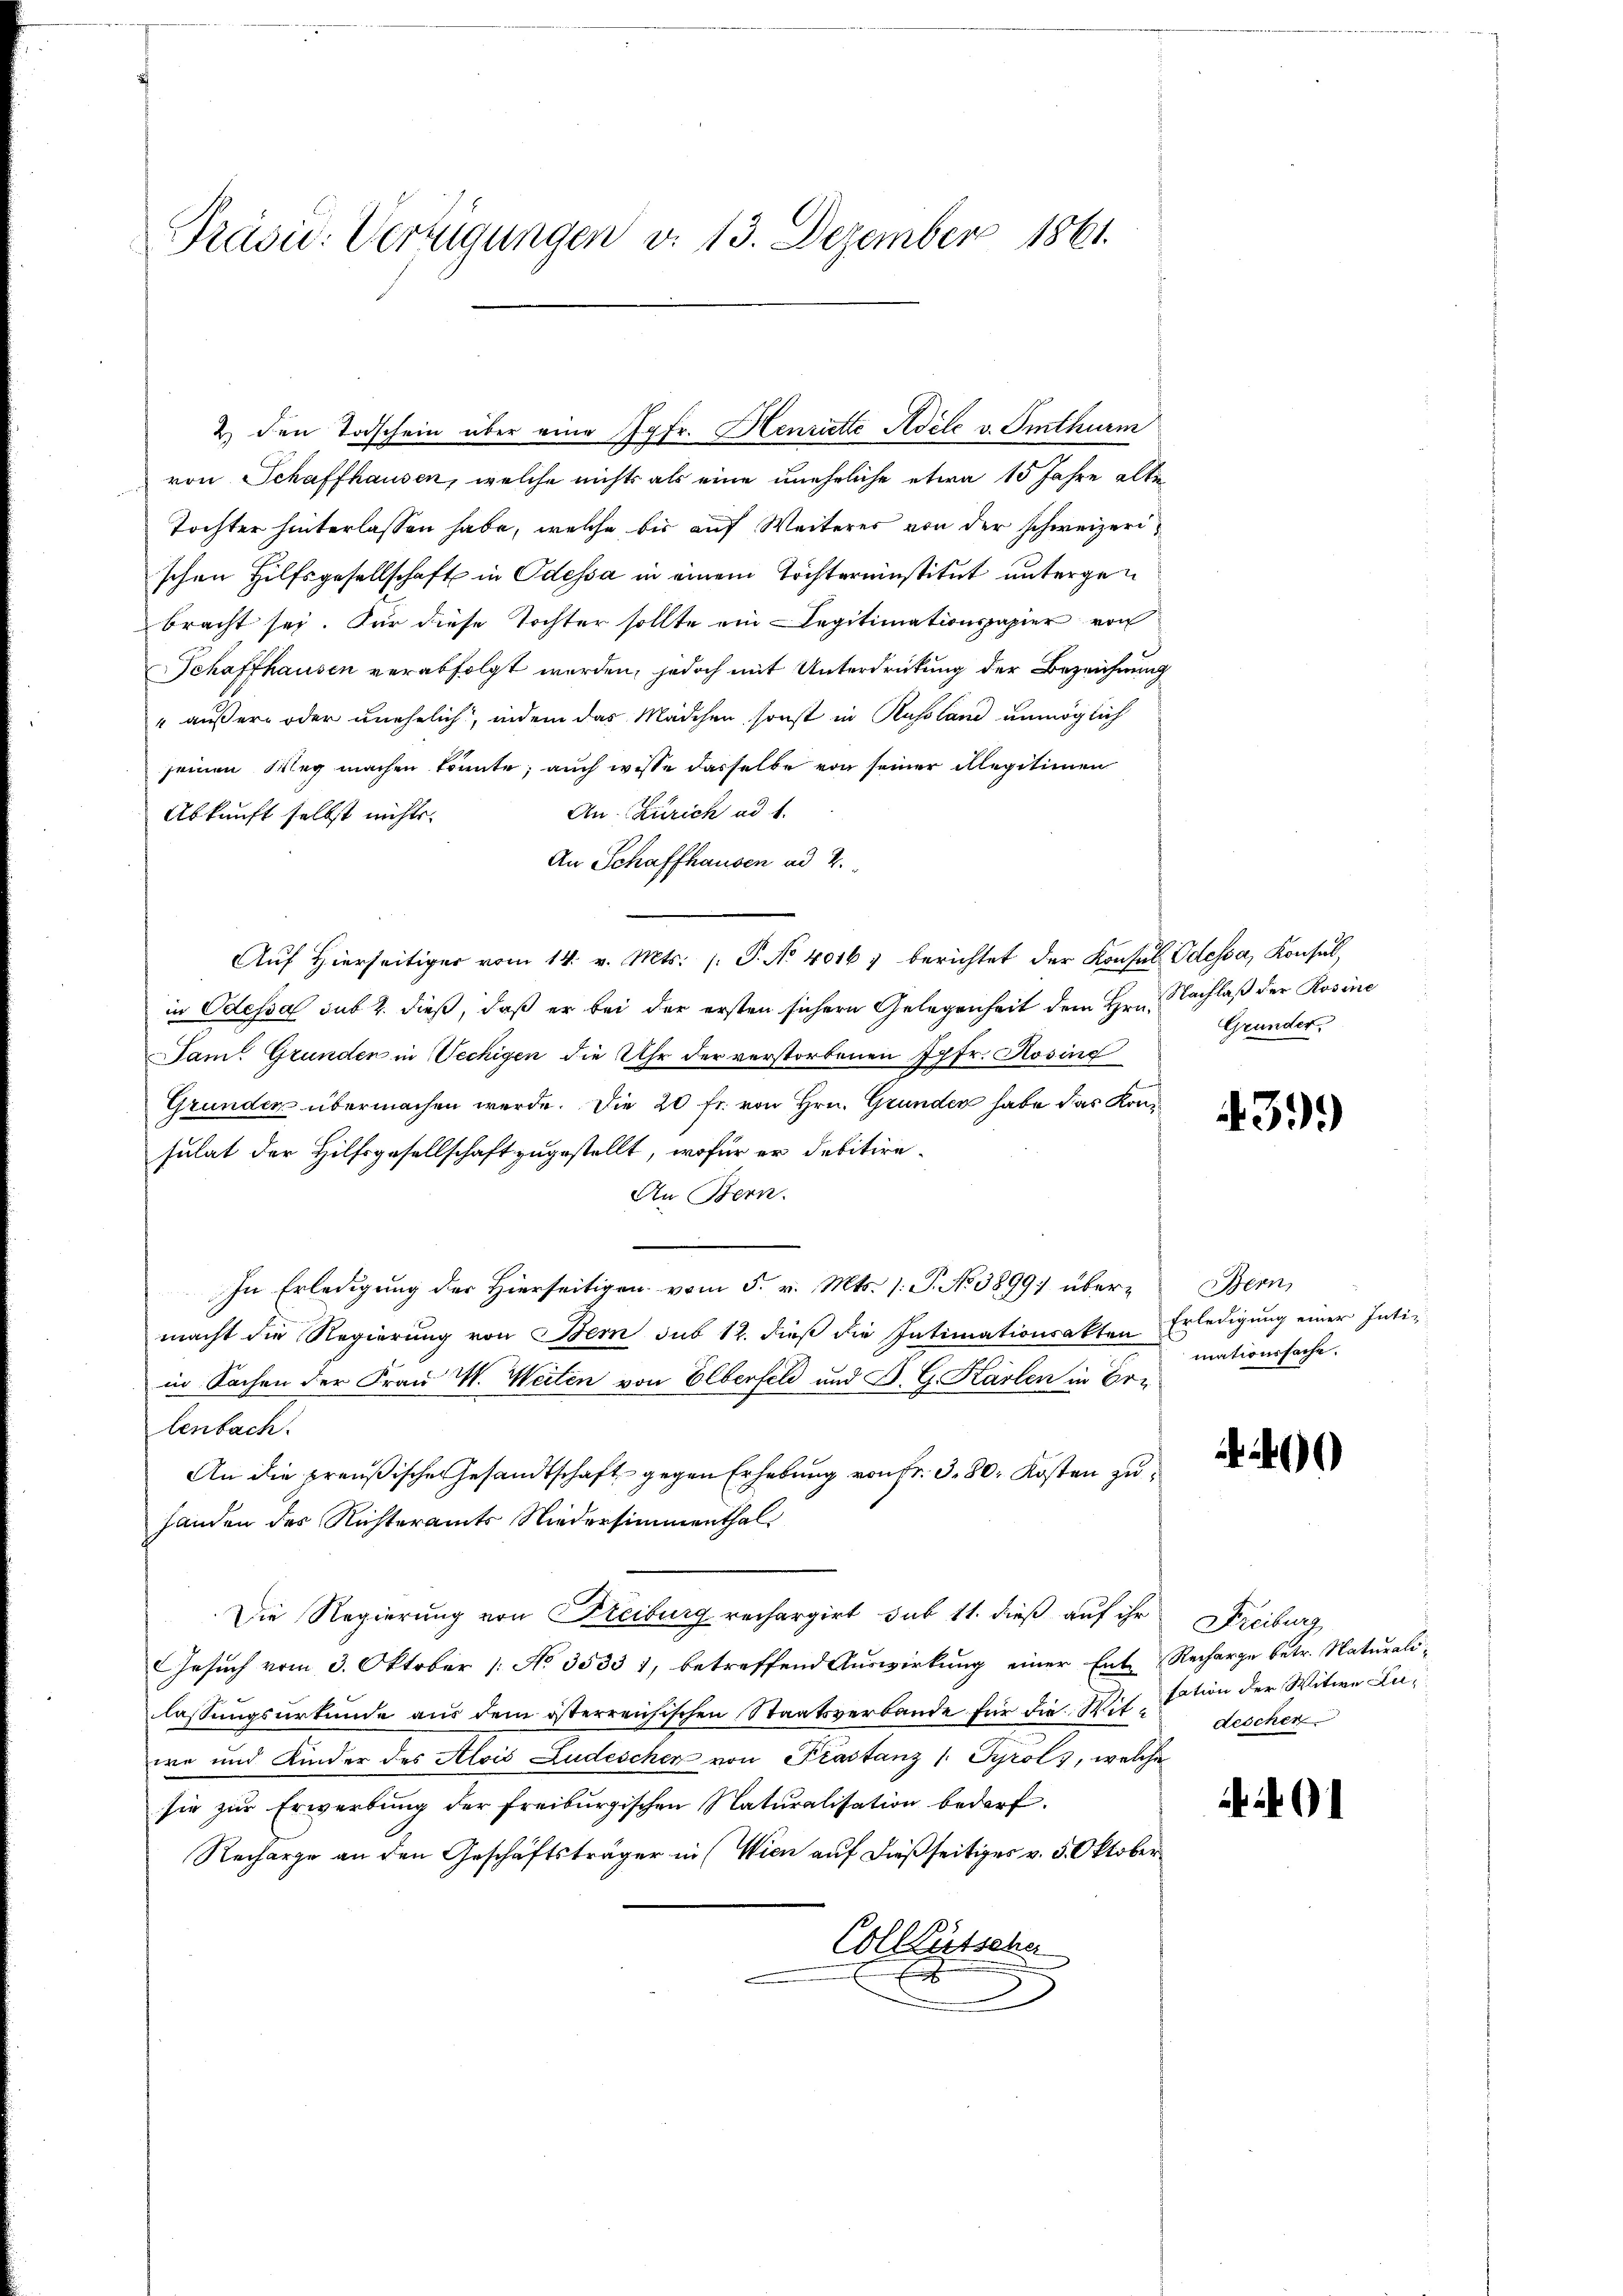
Präsid. Verfügungen v. 13. Dezember 1861.

2) den Todschein über eine Jgfr. Henriette Adele v. Omthurm
von Schaffhausen, welche nichts als eine uneheliche etwa 15 Jahre alte
Tochter hinterlassen habe, welche bis auf Weiteres von der schweizerischen Hilfsgesellschaft in Odessa in einem Töchtereinstitut untergebracht sei. Für diese Tochter sollte ein Legitimationspapier von
Schaffhausen verabfolgt werden, jedoch mit Unterdrückung der Bezeichnung
" äußern oder unehelich, indem das Mädchen, sonst in Russland unmöglich
seinen Weg machen könnte; auch wisse dasselbe von seiner illegitimen
An Zürich ad 1.
Abkunft selbst nichts.
An Schaffhausen ad 2.
in Odessa sub 2. dieß, daß er bei der ersten sichern Gelegenheit dem Hrn. Nachlaß der Rosine
Tam. Grunden in Vechigen die Uhr der verstorbenen Ipfr. Rosing
Grunden übermachen werde. Die 20 fr. von Hrn. Grunden habe das Konsulat der Hilfsgesellschaft zugestellt, wofür er debitire
An Bern.
In Erledigung der Hierseitigen vom 5. v. Mts. (: P. No 3899) übermacht die Regierung von Bern sub 12. dieß die Intimationsakten
in Sachen der Frau W. Weiten von Elberfeld und B. G. Karlen in Bri
lenbach.
An die preußische Gesandtschaft gegen Erhebung von Fr. 3. 80. Kosten zuhanden des Richteramts Niedersimmenthal
Die Regierung von Freiburg rechargirt, sub 11. dieß auf ihr Freiburg
Gesuch vom 3. Oktober [ No 3533 1, betreffend Auswirkung einer Ent- Recharge betr. Naturalilassungsurkunde aus dem österreichischen Staatsverbande für die Witwe und Kinder des Alois Ludeschen von Prastanz 1. Tyrol, welche
sie zŭr Erwerbŭng der freiburgischen Naturalisation bedarf.
Recharge an den Geschäftsträger in (Wien auf dießseitiges v. 5. Oktober
Collütsche

Aŭf Hierseitiger vom 14. v. Mts. /: P. No 4016, berichtet der Konsul Odessa, Konsul,

Grunder.

39.)

Bern,
Erledigung einer Intiz
mationssache.

400

sation der Witwe Ludeschen

1